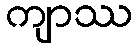
ကျာဿ